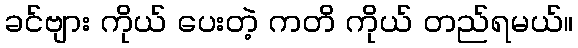
ခင်ဗျား ကိုယ် ပေးတဲ့ ကတိ ကိုယ် တည်ရမယ်။